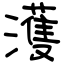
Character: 濩